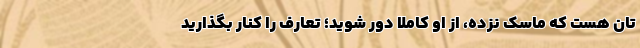
تان هست که ماسک نزده، از او کاملاً دور شوید؛ تعارف را کنار بگذارید